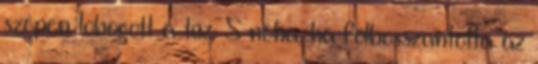
szépen lobogott a tűz. S néha, ha fölbosszantotta az